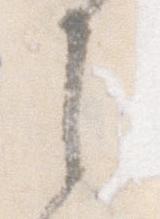
は